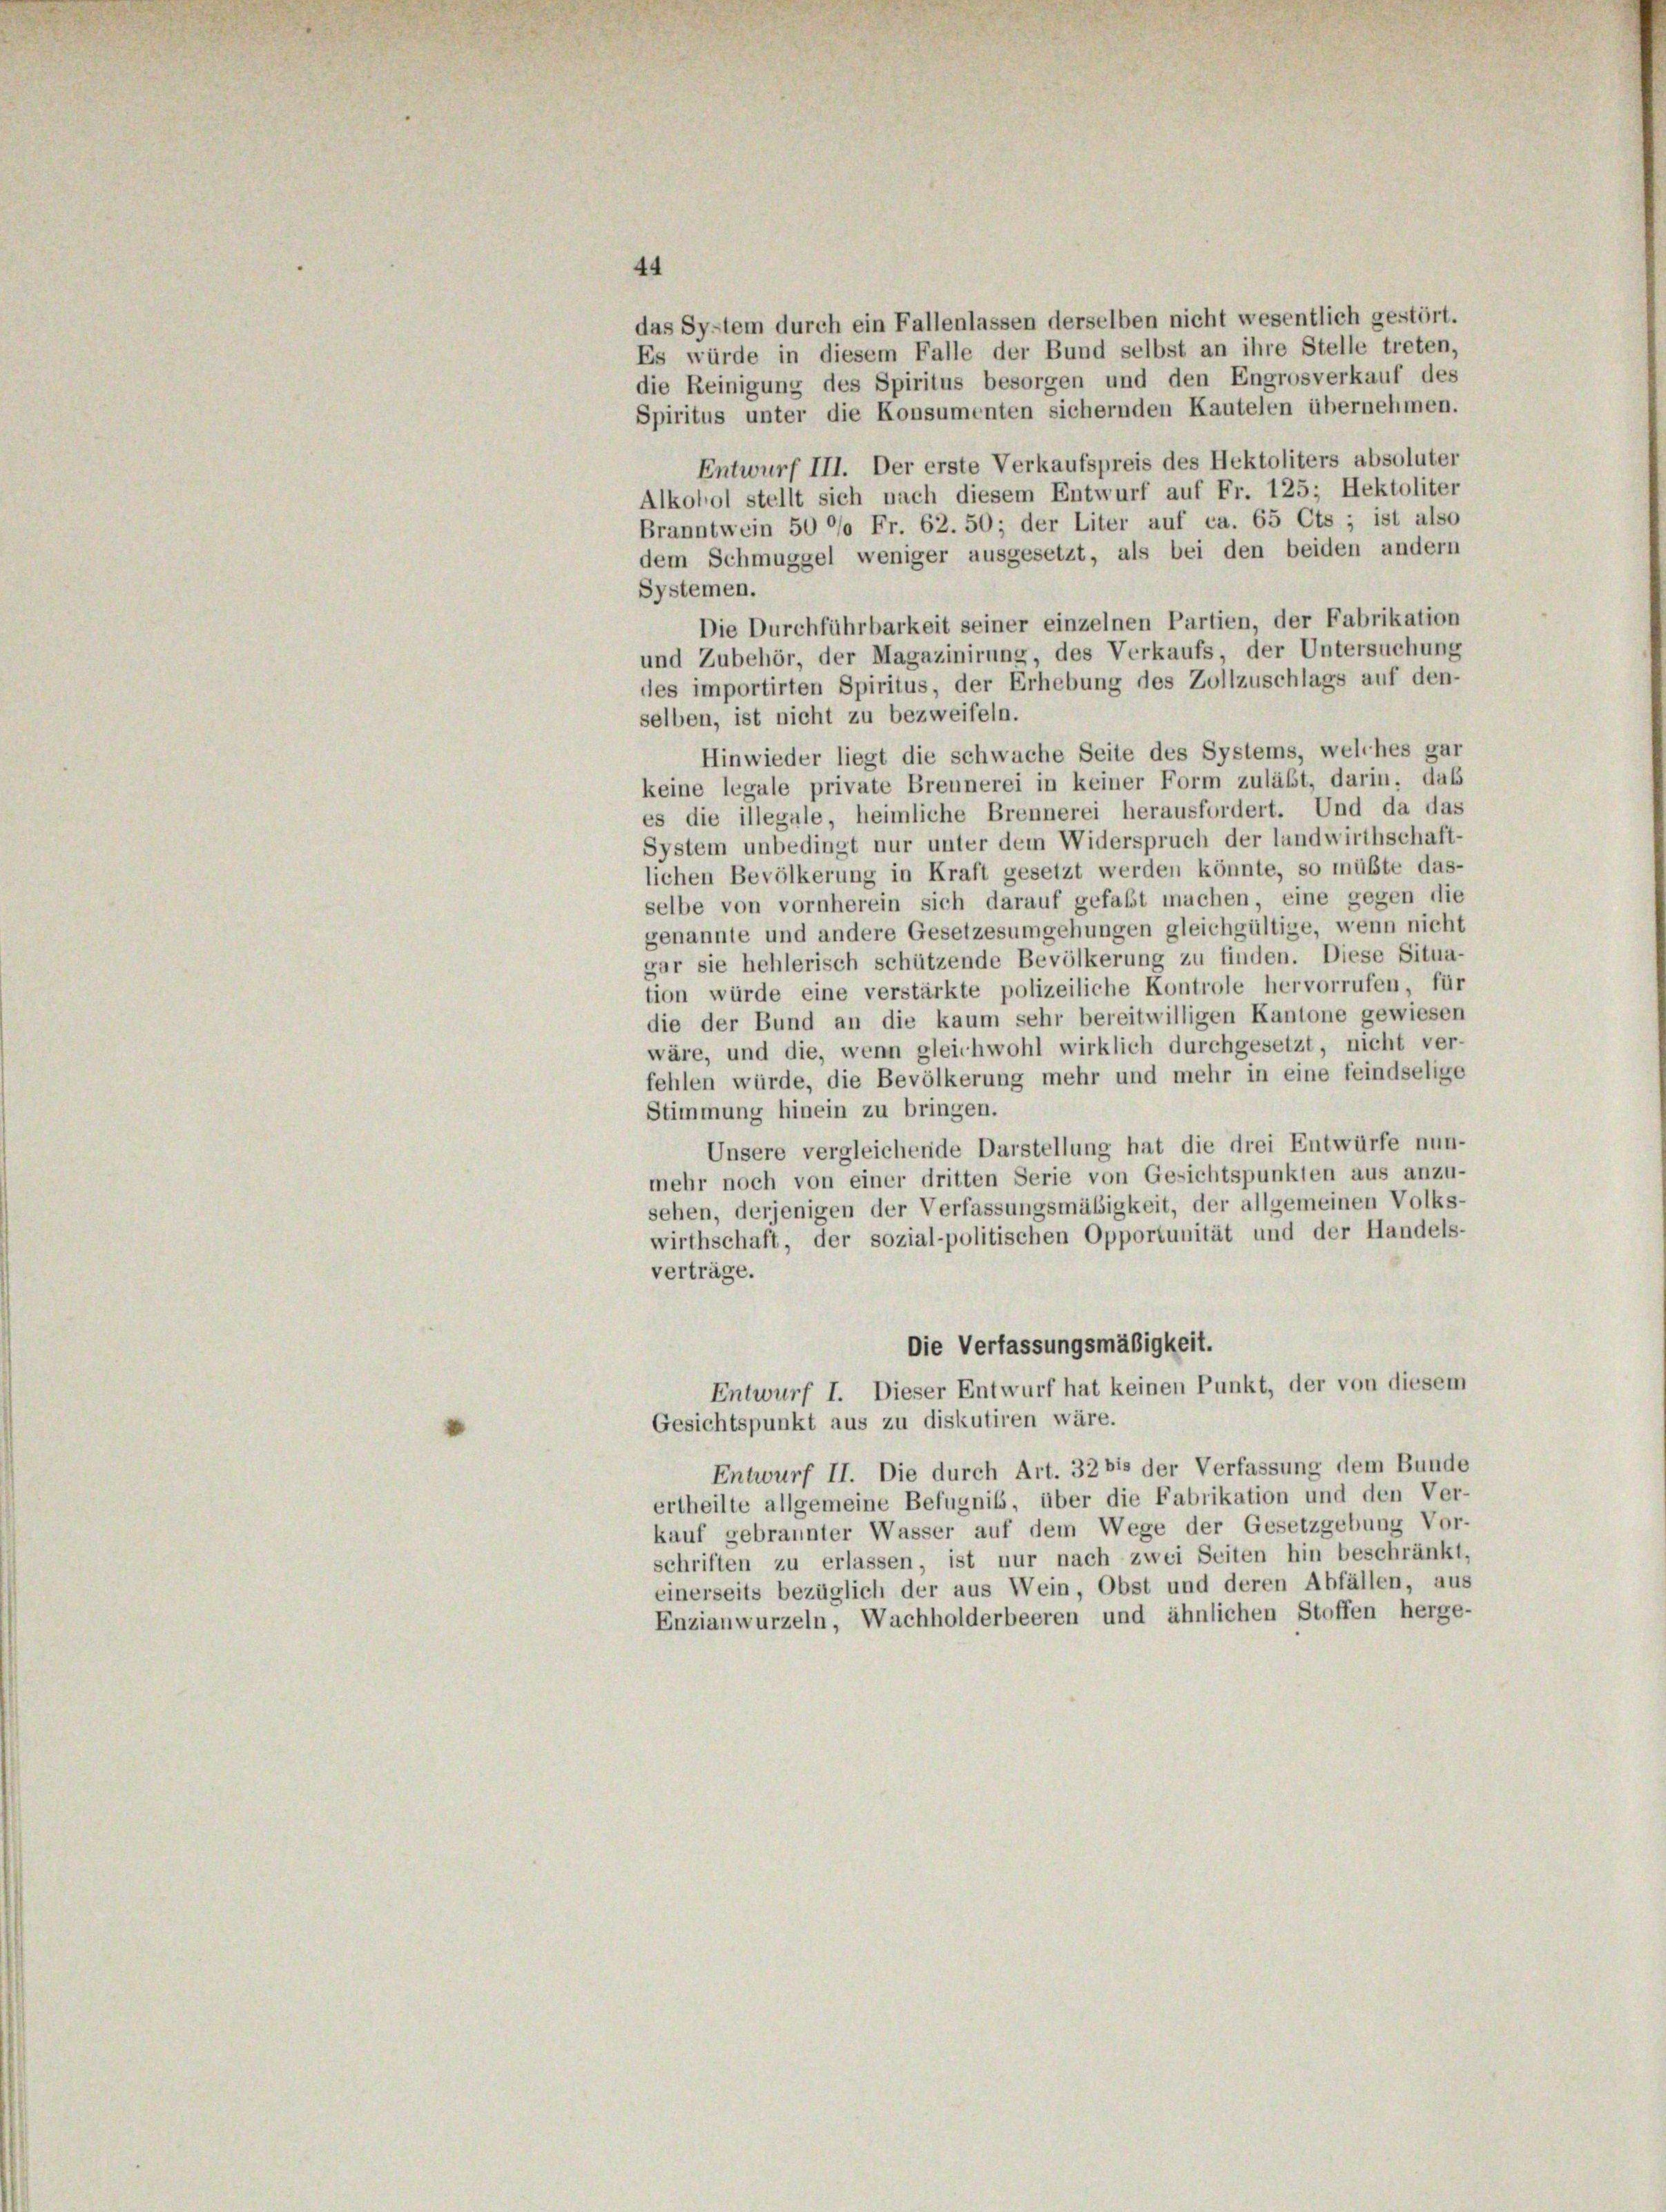
44
das System durch ein Fallenlassen derselben nicht wesentlich gestört.
Es würde in diesem Falle der Bund selbst an ihre Stelle treten,
die Reinigung des Spiritus besorgen und den Engrosverkauf des
Spiritus unter die Konsumenten sichernden Kautelen übernehmen.
Entwurf III. Der erste Verkaufspreis des Hektoliters absoluter
Alkohol stellt sich nach diesem Entwurf auf Fr. 125; Hektoliter
Branntwein 5000 Fr. 62. 50; der Liter auf ca. 65 Cts ; ist also
dem Schmuggel weniger ausgesetzt, als bei den beiden andern
Systemen.
Die Durchführbarkeit seiner einzelnen Partien, der Fabrikation
und Zubehör, der Magazinirung, des Verkaufs, der Untersuchung
des importirten Spiritus, der Erhebung des Zollzuschlags auf den-
selben, ist nicht zu bezweifeln.
Hinwieder liegt die schwache Seite des Systems, welches gar
keine legale private Brennerei in keiner Form zuläßt, darin, dass
es die illegale, heimliche Brennerei herausfordert. Und da das
System unbedingt nur unter dem Widerspruch der landwirthschaft-
lichen Bevölkerung in Kraft gesetzt werden könnte, so müßte das-
selbe von vornherein sich darauf gefaßt machen, eine gegen die
genannte und andere Gesetzesumgehungen gleichgültige, wenn nicht
gar sie hehlerisch schützende Bevölkerung zu finden. Diese Situa-
tion würde eine verstärkte polizeiliche Kontrole hervorrufen, für
die der Bund an die kaum sehr bereitwilligen Kantone gewiesen
wäre, und die, wenn gleichwohl wirklich durchgesetzt, nicht ver-
fehlen würde, die Bevölkerung mehr und mehr in eine feindselige
Stimmung hinein zu bringen.
Unsere vergleichende Darstellung hat die drei Entwürfe nun-
mehr noch von einer dritten Serie von Gesichtspunkten aus anzu-
sehen, derjenigen der Verfassungsmäßigkeit, der allgemeinen Volks-
wirthschaft, der sozial-politischen Opportunität und der Handels-
verträge.
Die Verfassungsmäßigkeit.
Entwurf I. Dieser Entwurf hat keinen Punkt, der von diesem
Gesichtspunkt aus zu diskutiren wäre.
Entwurf II. Die durch Art. 32 bis der Verfassung dem Bunde
ertheilte allgemeine Befugnis, über die Fabrikation und den Ver-
kauf gebraunter Wasser auf dem Wege der Gesetzgebung Vor-
schriften zu erlassen, ist nur nach zwei Seiten hin beschränkt,
einerseits bezüglich der aus Wein, Obst und deren Abfällen, aus
Enzianwurzeln, Wachholderbeeren und ähnlichen Stoffen herge-